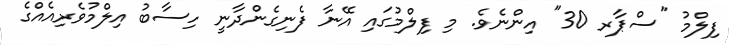
ފިލްމު "ސްޕާރ 30" އިންނެވެ. މި ފިލްމުގައި އޭނާ ފެނިގެންދާނީ ހިސާބު އިލްމުވެރިއެއްގެ